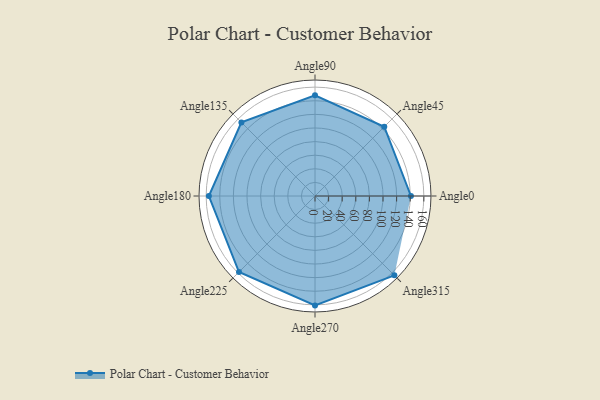
{"axis": {"x": "Angle", "y": "Radius"}, "legend": [""], "data": [{"x": "Angle0", "y": 141.0, "type": ""}, {"x": "Angle45", "y": 144.0, "type": ""}, {"x": "Angle90", "y": 148.0, "type": ""}, {"x": "Angle135", "y": 153.0, "type": ""}, {"x": "Angle180", "y": 156.0, "type": ""}, {"x": "Angle225", "y": 158.0, "type": ""}, {"x": "Angle270", "y": 161.0, "type": ""}, {"x": "Angle315", "y": 165.0, "type": ""}]}